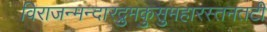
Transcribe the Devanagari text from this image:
विराजन्मन्दारद्रुमकुसुमहारस्तनतटी